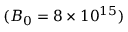
( B _ { 0 } = 8 \times 1 0 ^ { 1 5 } )